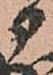
部